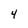
Character: 4